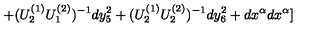
+ ( U _ { 2 } ^ { ( 1 ) } U _ { 1 } ^ { ( 2 ) } ) ^ { - 1 } d y _ { 5 } ^ { 2 } + ( U _ { 2 } ^ { ( 1 ) } U _ { 2 } ^ { ( 2 ) } ) ^ { - 1 } d y _ { 6 } ^ { 2 } + d x ^ { \alpha } d x ^ { \alpha } ]